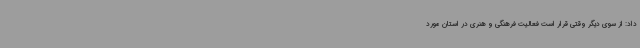
داد: از سوی دیگر وقتی قرار است فعالیت فرهنگی و هنری در استان مورد